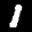
Label: 1